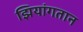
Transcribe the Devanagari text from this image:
झियांगतान